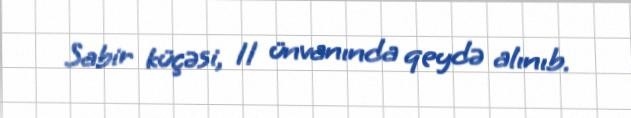
Sabir küçəsi, 11 ünvanında qeydə alınıb.